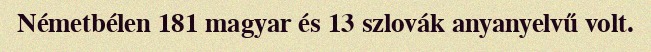
Németbélen 181 magyar és 13 szlovák anyanyelvű volt.